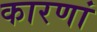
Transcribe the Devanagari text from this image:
कारणां